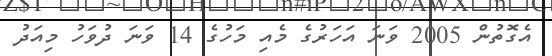
އެގޮތުން 2005 ވަނަ އަހަރުގެ މެއި މަހުގެ 14 ވަނަ ދުވަހު މިއަދު